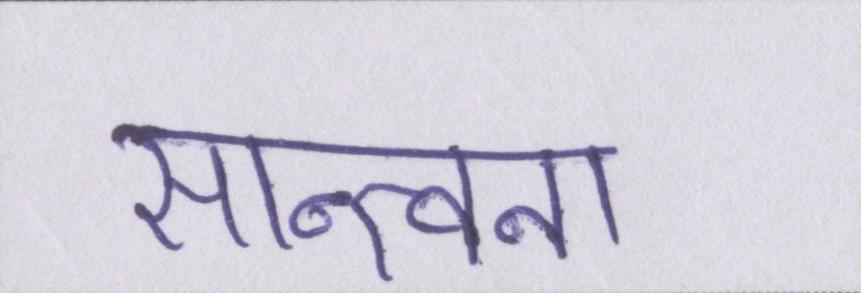
सान्त्वना